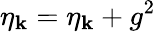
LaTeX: \eta_{\mathbf{k}}=\eta_{\mathbf{k}}+g^{2}